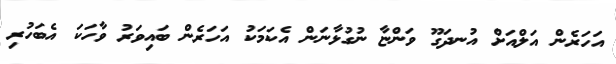
އަހަރެން އަލްއަށް އުނދަގޫ ވަންޏާ ނުގުޅާނަން އެކަމަކު އަހަރެން ބައިވަރު ވާހަކަ އެބަހުރި